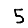
Digit: 5